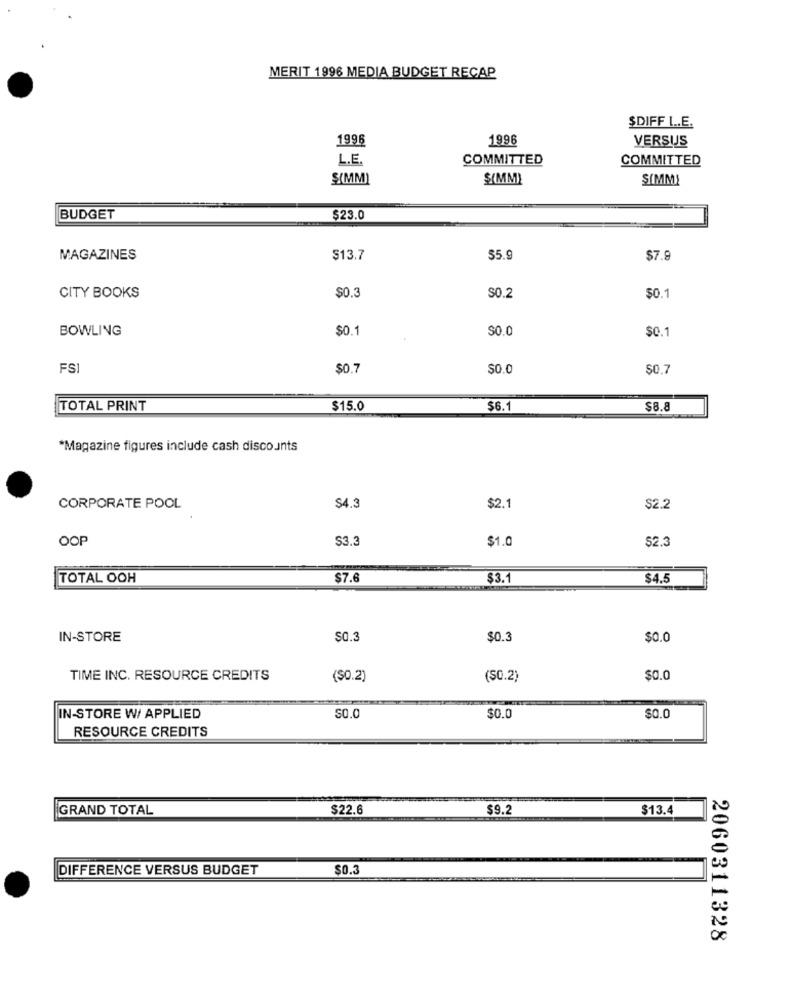
MERIT 1996 MEDIA BUDGET RECAP
$DIFF L .. E.
1996
1996
VERSUS
L.E.
COMMITTED
COMMITTED
S(MM)
S(MM)
SIMMI
BUDGET
$23.0
MAGAZINES
S13.7
$5.9
$7.9
$0.3
CITY BOOKS
S0.2
$0.1
BOWLING
$0.1
$0.0
$0.1
FSI
$0.7
$0.0
SO.7
TOTAL PRINT
$15.0
$6.1
$8.8
*Magazine figures include cash discounts
CORPORATE POOL
$4.3
$2.1
$2.2
OOP
S3.3
$1.0
$2.3
TOTAL OOH
$7.6
$3.1
$4.5
IN-STORE
$0.3
$0.3
$0.0
TIME INC. RESOURCE CREDITS
($0.2)
(SC.2)
$0.0
IN-STORE W/ APPLIED
SO.0
$0.0
$0.0
RESOURCE CREDITS
GRAND TOTAL
$22.6
$9.2
$13.4
DIFFERENCE VERSUS BUDGET
$0.3
2060311328